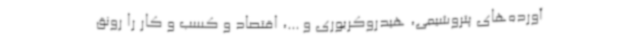
آورده‌های پتروشیمی، هیدروکربوری و ...، اقتصاد و کسب و کار را رونق